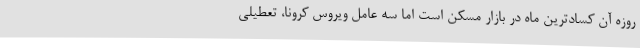
روزه آن کسادترین ماه در بازار مسکن است اما سه عامل ویروس کرونا، تعطیلی